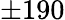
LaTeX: \pm 190